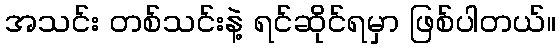
အသင်း တစ်သင်းနဲ့ ရင်ဆိုင်ရမှာ ဖြစ်ပါတယ်။